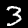
Digit: 3